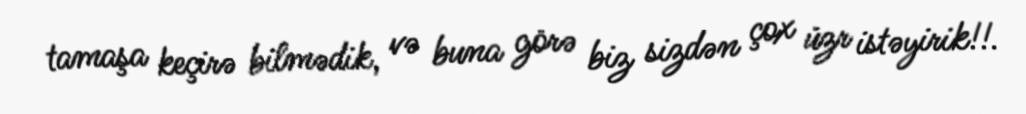
tamaşa keçirə bilmədik, və buna görə biz sizdən çox üzr istəyirik!!.